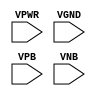
module sky130_fd_sc_ls__tapvpwrvgnd (
    VPWR,
    VGND,
    VPB ,
    VNB
);

    input VPWR;
    input VGND;
    input VPB ;
    input VNB ;
endmodule